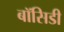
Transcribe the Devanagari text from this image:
बॉसिडी